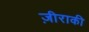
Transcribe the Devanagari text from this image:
ज़ीराकी